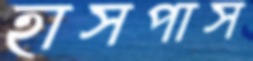
হাসপাস